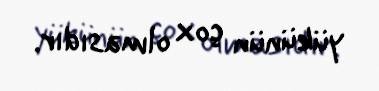
yükünün çox olmasıdır.